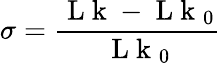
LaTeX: \sigma=\frac{\mathrm{~L~k~}-\mathrm{~L~k~}_{0}}{\mathrm{~L~k~}_{0}}